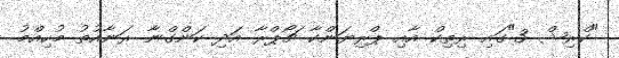
"ކްރިޝް 3"ގައި ރިތިކް އާއި ޕްރިޔަންކާ ޗޯޕްރާ އަދި ކަންގްނާ ރަނާއުތު މުހިއްމު